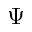
\Psi